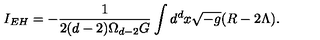
I _ { E H } = - \frac { 1 } { 2 ( d - 2 ) \Omega _ { d - 2 } G } \int d ^ { d } x \sqrt { - g } ( R - 2 \Lambda ) .